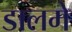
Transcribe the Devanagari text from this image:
डालमे